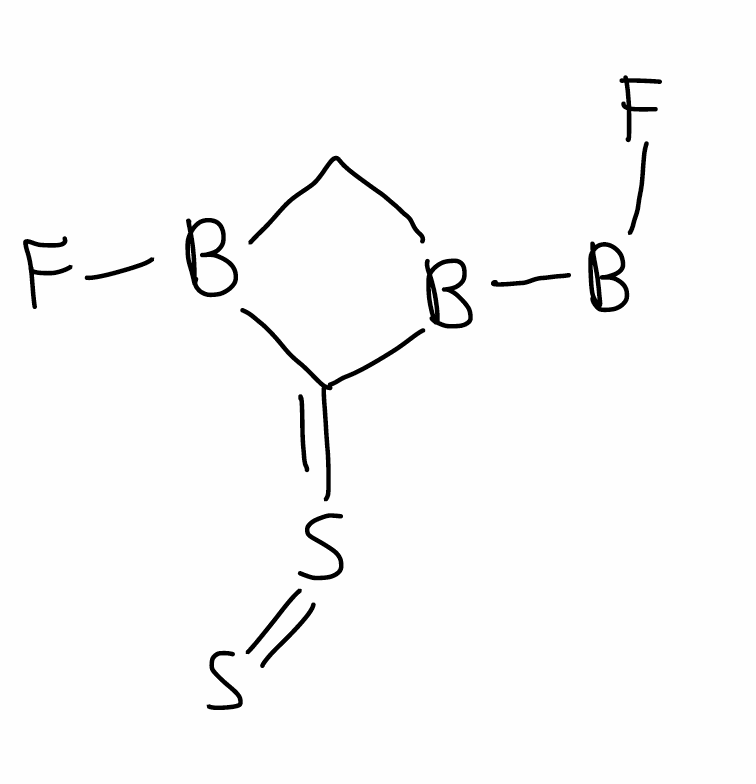
Simplified molecular-input line-entry system (SMILES) notation of the given molecule:
[B](B1CB(C1=S=S)F)F